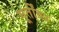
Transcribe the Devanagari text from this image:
मूर्तींवर